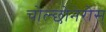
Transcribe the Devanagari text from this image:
चोल्छोनेरोस्